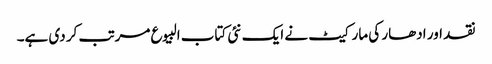
نقد اور ادھار کی مارکیٹ نے ایک نئی کتاب البیوع مرتب کر دی ہے۔